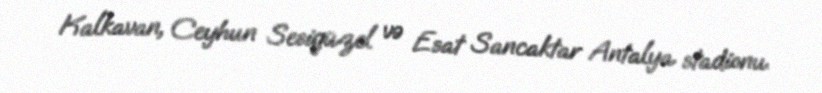
Kalkavan, Ceyhun Sesigüzel və Esat Sancaktar Antalya stadionu.